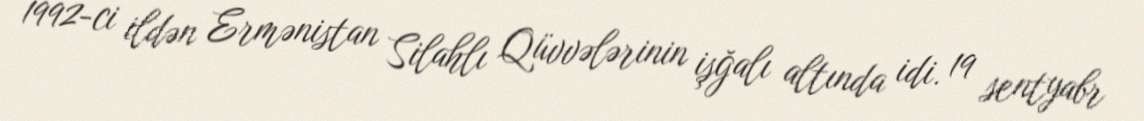
1992-ci ildən Ermənistan Silahlı Qüvvələrinin işğalı altında idi. 19 sentyabr